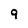
Character: 9